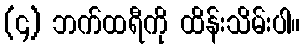
(၄) ဘက်ထရီကို ထိန်းသိမ်းပါ။